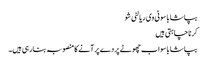
بپاشا باسو ٹی وی ریالٹی شو
کرنا چاہتی ہیں
بپاشا باسو اب چھوٹے پردے پر آنے کا منصوبہ بنا رہی ہیں۔